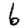
Digit: 6